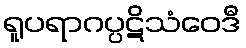
ရူပရာဂပ္ပဋိသံဝေဒီ